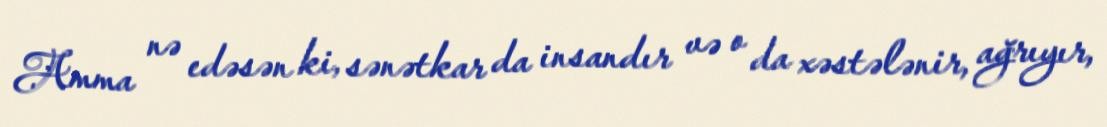
Amma nə edəsən ki, sənətkar da insandır və o da xəstələnir, ağrıyır,